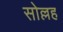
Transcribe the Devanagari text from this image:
सोल्लह